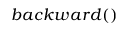
b a c k w a r d ( )